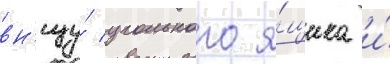
вн'изу́ угольного я́щика и́